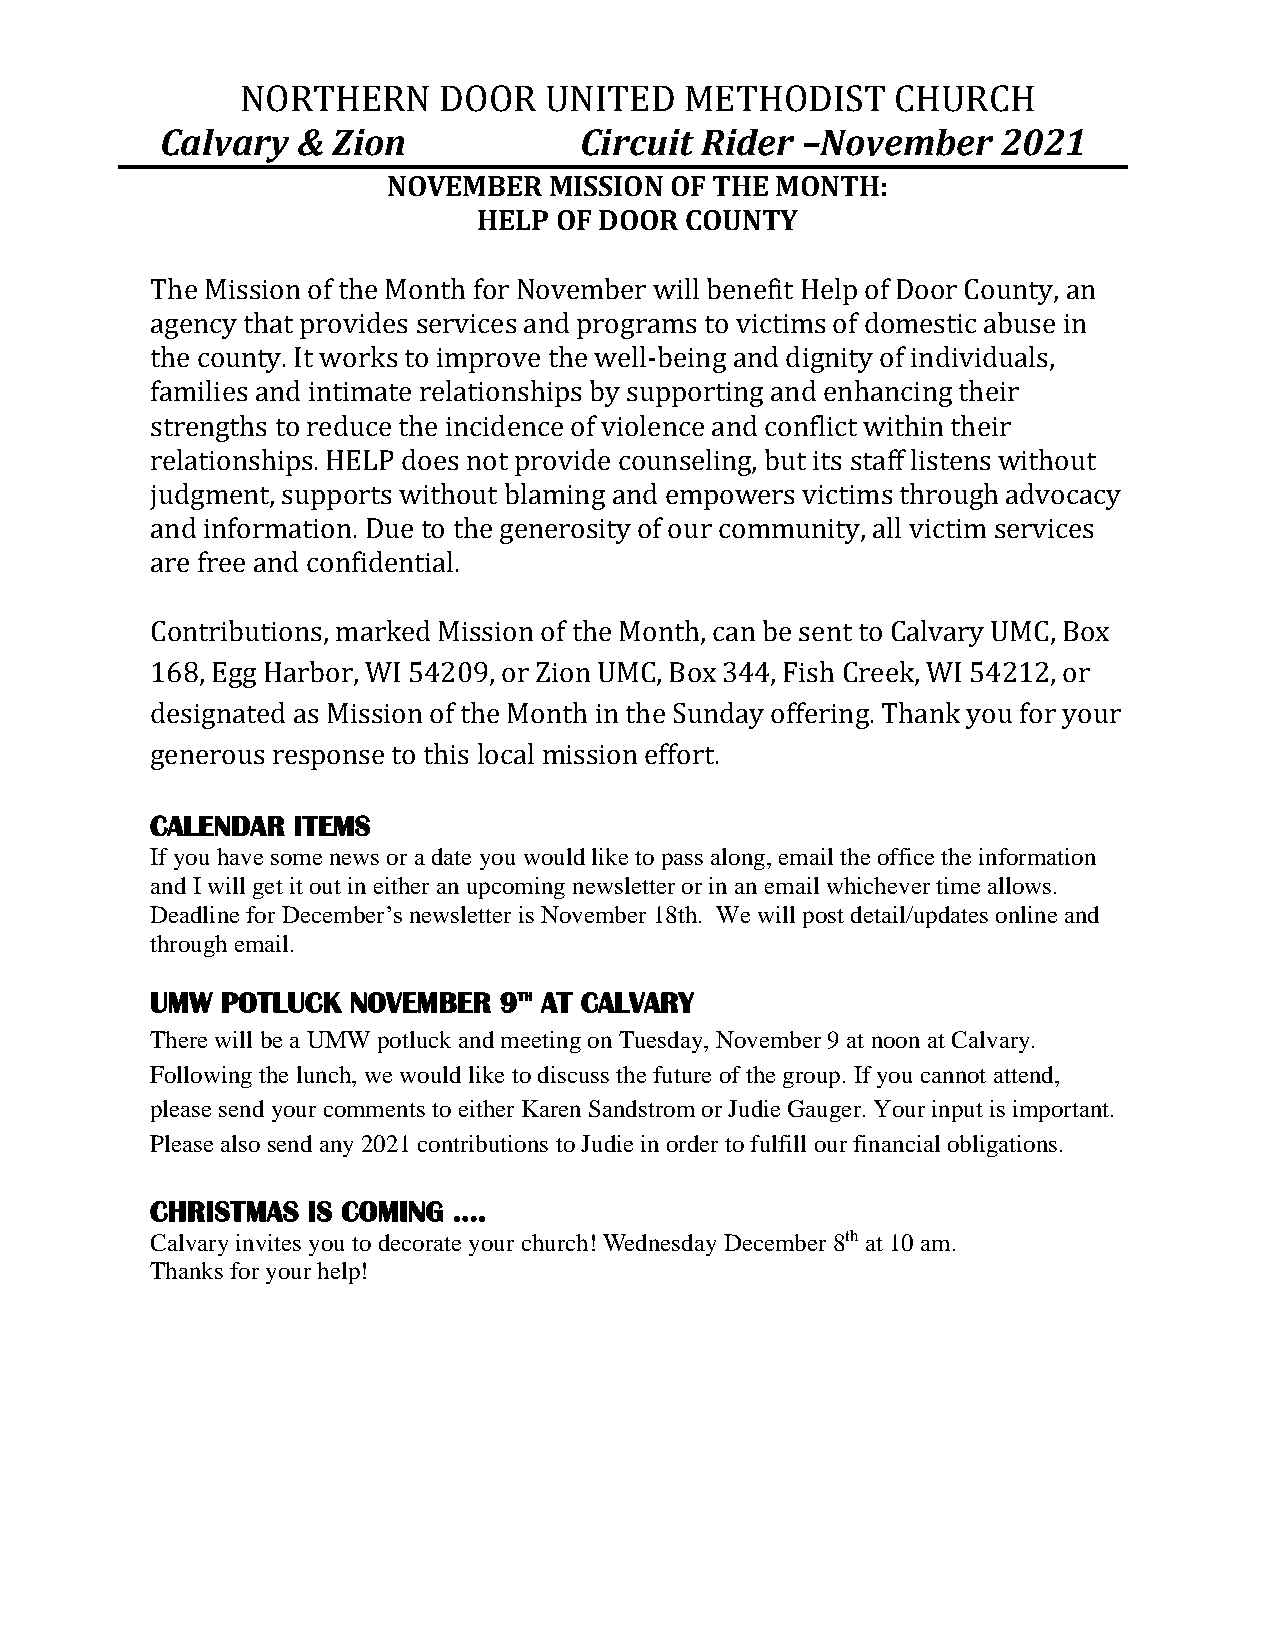
NORTHERN     DOOR   UNITED   METHODIST     CHURCH
 Calvary  & Zion            Circuit Rider  –November    2021
 NOVEMBER  MISSION OF THE MONTH:
 HELP OF DOOR COUNTY
 The Mission of the Month for November will benefit Help of Door County, an
 agency that provides services and programs to victims of domestic abuse in
 the county. It works to improve the well-being and dignity of individuals,
 families and intimate relationships by supporting and enhancing their
 strengths to reduce the incidence of violence and conflict within their
 relationships. HELP does not provide counseling, but its staff listens without
 judgment, supports without blaming and empowers victims through advocacy
 and information. Due to the generosity of our community, all victim services
 are free and confidential.
 Contributions, marked Mission of the Month, can be sent to Calvary UMC, Box
 168, Egg Harbor, WI 54209, or Zion UMC, Box 344, Fish Creek, WI 54212, or
 designated as Mission of the Month in the Sunday offering. Thank you for your
 generous response to this local mission effort.
 CALENDAR ITEMS
 If you have some news or a date you would like to pass along, email the office the information
 and I will get it out in either an upcoming newsletter or in an email whichever time allows.
 Deadline for December’s newsletter is November 18th. We will post detail/updates online and
 through email.
 UMW  POTLUCK NOVEMBER  9TH AT CALVARY
 There will be a UMW potluck and meeting on Tuesday, November 9 at noon at Calvary.
 Following the lunch, we would like to discuss the future of the group. If you cannot attend,
 please send your comments to either Karen Sandstrom or Judie Gauger. Your input is important.
 Please also send any 2021 contributions to Judie in order to fulfill our financial obligations.
 CHRISTMAS IS COMING ….
 Calvary invites you to decorate your church! Wednesday December 8th at 10 am.
 Thanks for your help!